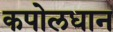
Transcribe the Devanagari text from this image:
कपोलधान